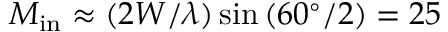
M _ { \mathrm { i n } } \approx ( 2 W / \lambda ) \sin { ( 6 0 ^ { \circ } / 2 ) } = 2 5